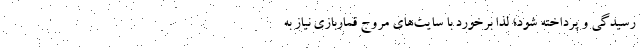
رسیدگی و پرداخته شود؛ لذا برخورد با سایت‌های مروج قماربازی نیاز به